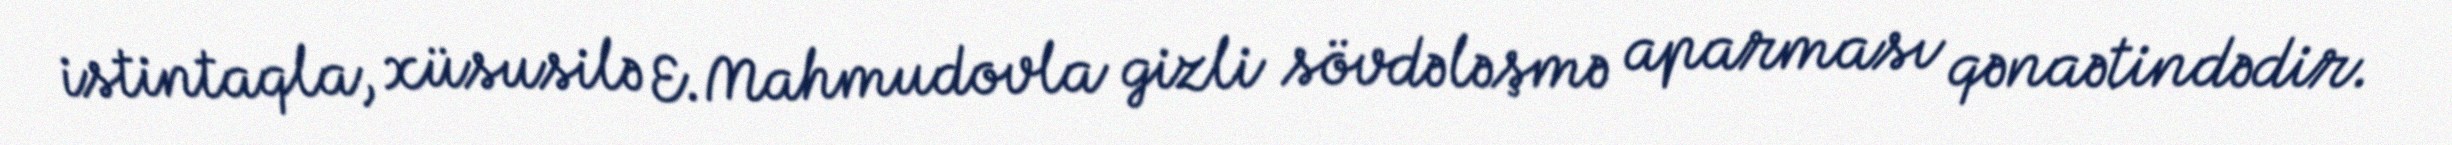
istintaqla, xüsusilə E.Mahmudovla gizli sövdələşmə aparması qənaətindədir.